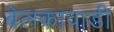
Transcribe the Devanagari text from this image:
बेलकावाडी